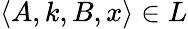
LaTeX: \langle A,k,B,x\rangle\in L